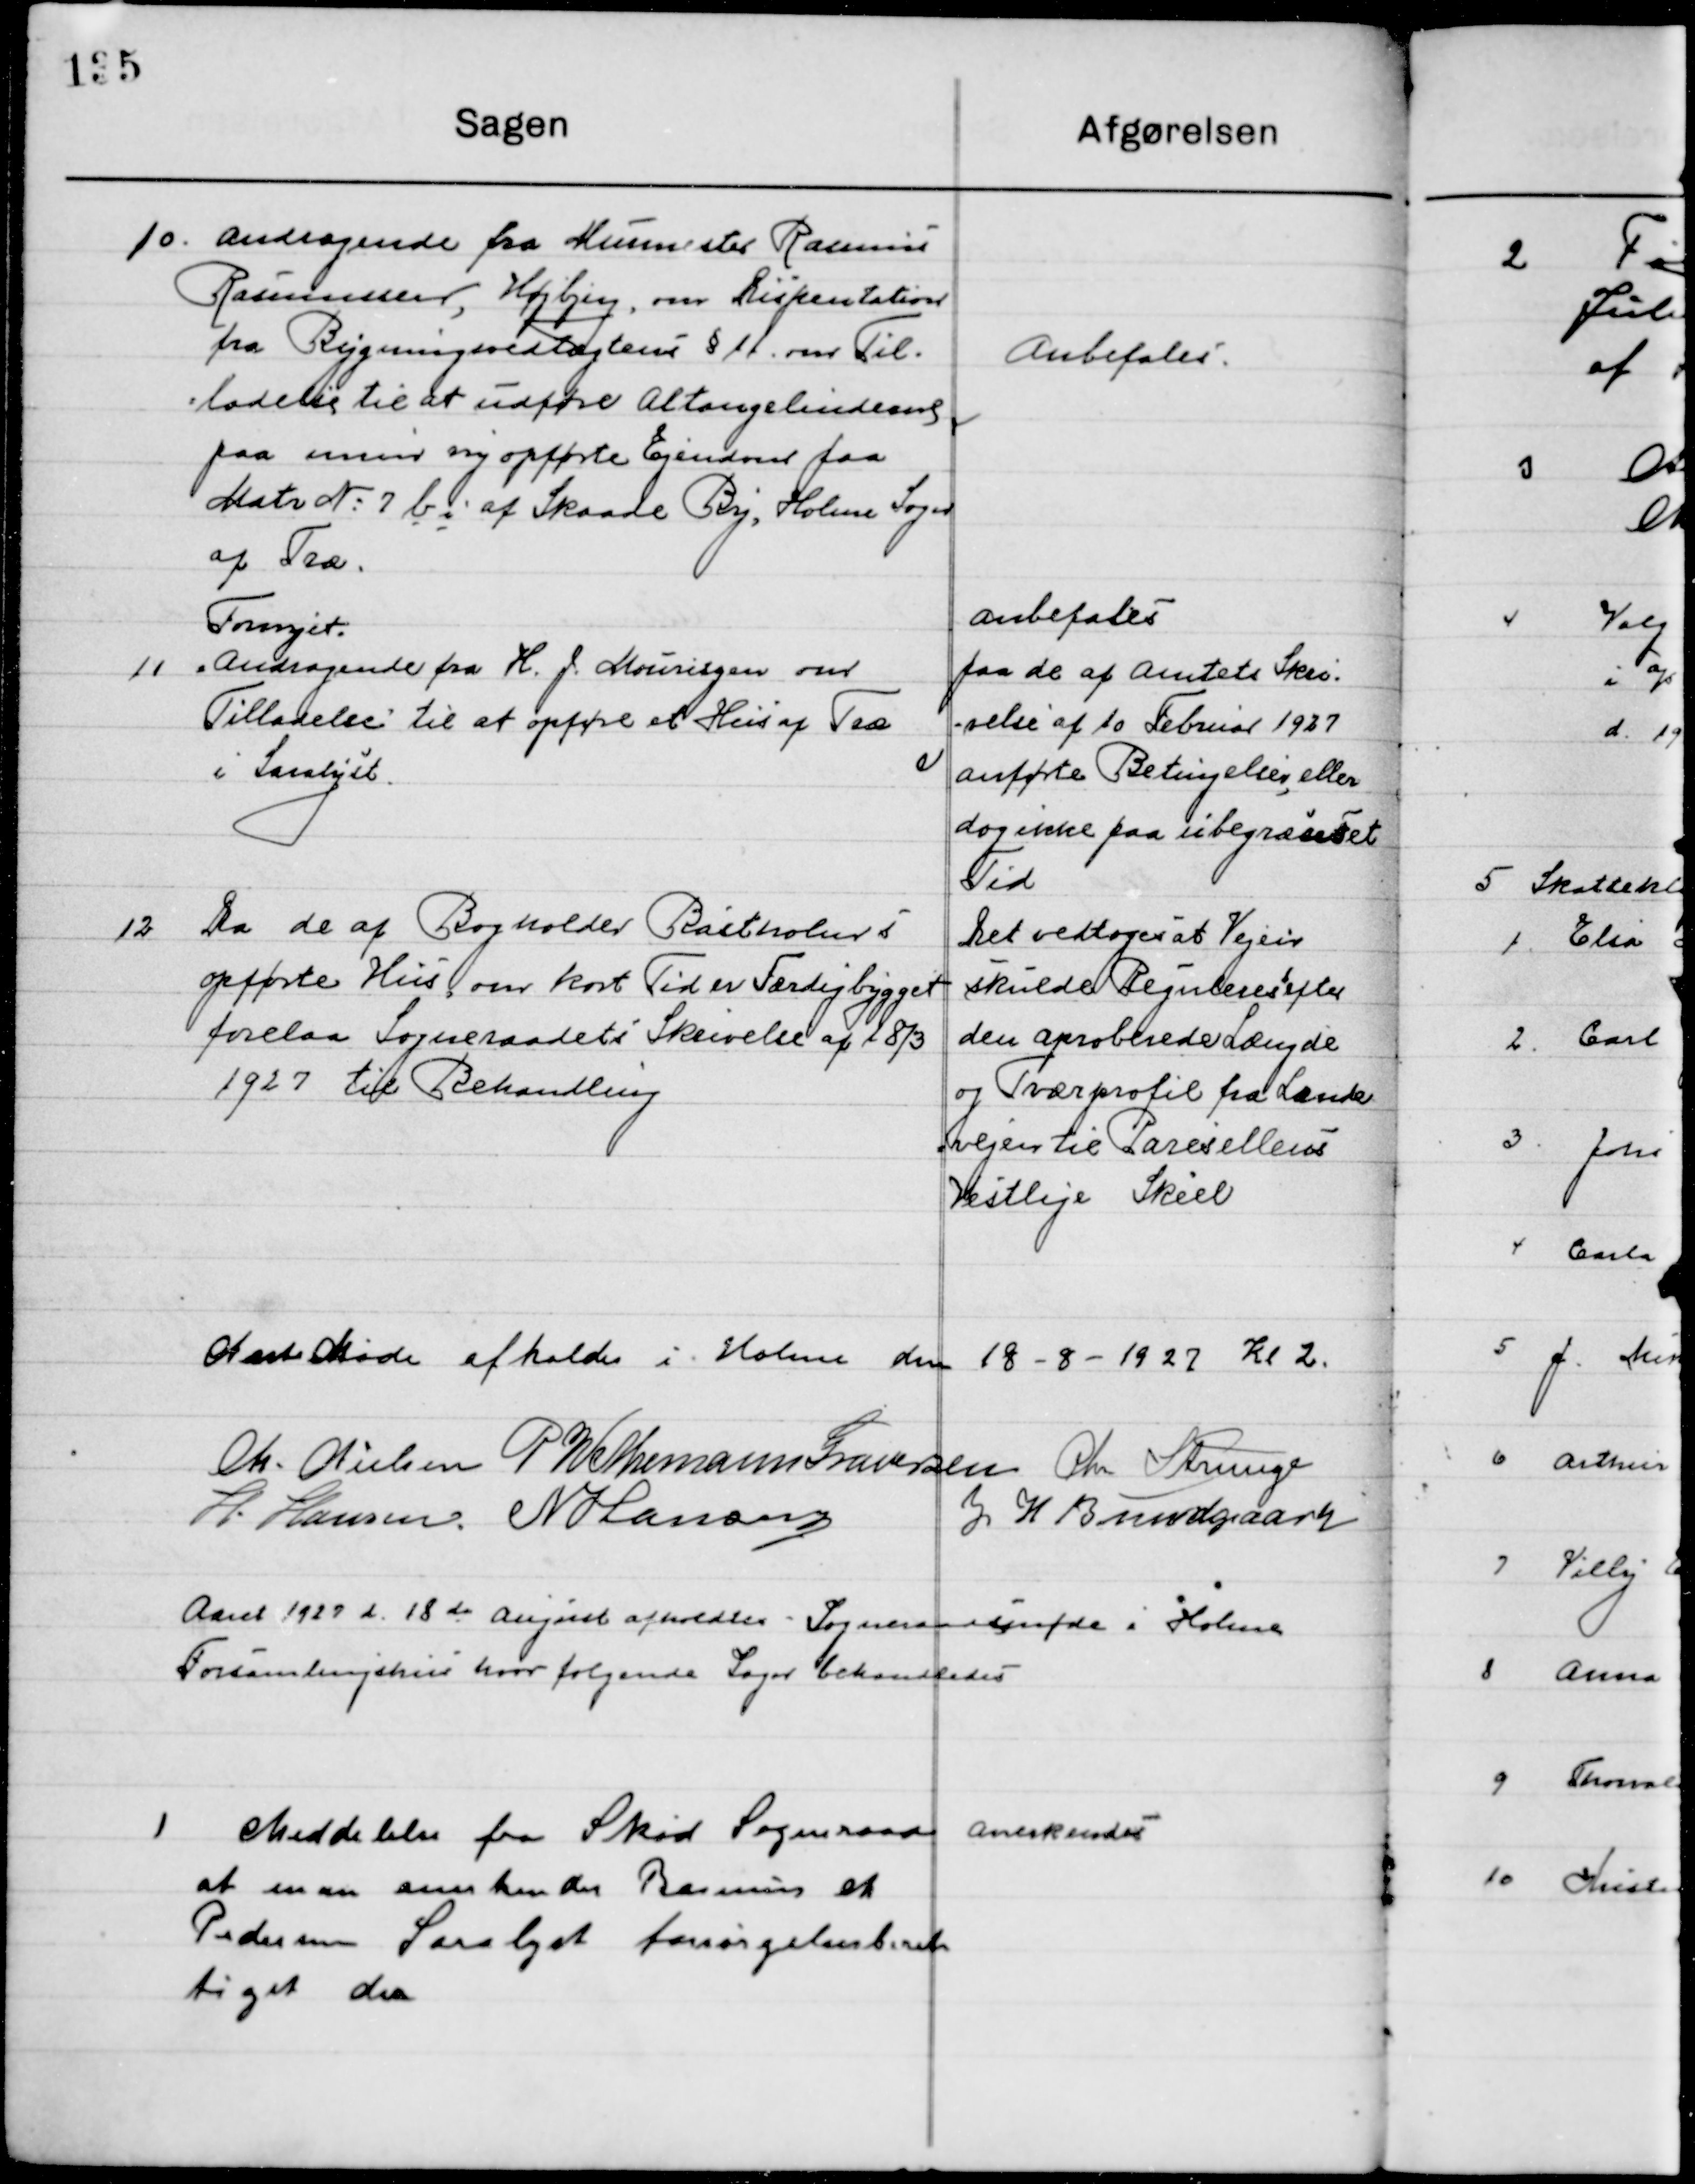
Transskription:
10

Andragende fra Murermester Rasmus
Rasmussen, Højbjerg, om Dispensation
fra Bygningsvedtægten § 11 om Til-
ladelse til at udføre Altangslindeans 
paa min nyopførte Ejendom paa
Matr. No. 7 b af Skaade By, Holme Sogn 
af Træ.

Anbefales

11

Fornyet
Andragende fra H. J. Mouritzen om
Tilladelse til at opføre et Hus af Træ
i Saralyst

Anbefales
Paa de af Amtets Skri-
velse af 10 februar 1927 
anførte Betingelser, eller 
dog ikke paa ubegrænset
Tid.

12

Da de af Bogholder Bastholm i 
Opføre Hus om kort Tid er færdigbygget
forelaa Sogneraadets Skrivelse af 18/3
1927 til Behandling

Det vedtoges at Vejen
skulde Reguleres efter
den approberede Længde
og tværprofil fra Lænde
vejen til Paresellens
Vestlige Skel

Næste Møde afholdes i Holme den 18-8-1927 Kl. 2

M. Nielsen
P. Wethemann Graversen
Chr. Strunge
H. Hansen
N. Hansen
J. H. Bundgaard

Aaret 1927 d. 18de August  afholdtes Sogneraadsmøde i Holme 
Forsamlingshus hvor følgende Sager behandledes.

1

Meddelelse fra Skød Sogneraad
at man anerkender Rasmus et
Pedersen Saralyst forsørgelsesberet-
tiget der.

Anerkendes